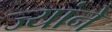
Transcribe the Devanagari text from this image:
ज्यांने